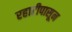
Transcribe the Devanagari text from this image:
रहाटीपासून